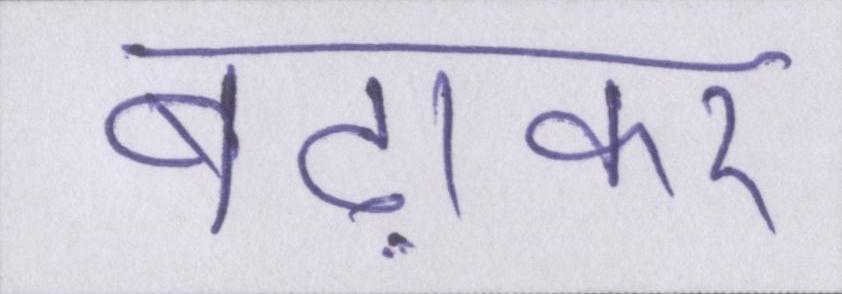
बढ़ाकर